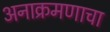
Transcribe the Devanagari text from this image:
अनाक्रमणाचा